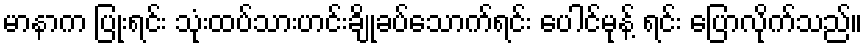
မာနာက ပြုံးရင်း သုံးထပ်သားဟင်းချိုခပ်သောက်ရင်း ပေါင်မုန့် ရင်း ပြောလိုက်သည်။